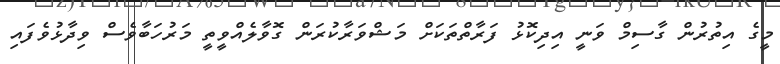
މީގެ އިތުރުން ގާސިމް ވަނީ އިދިކޮޅު ފަރާތްތަކަށް މަޝްވަރާކުރަން ގޮވާލެއްވީތީ މަރުހަބާވެސް ވިދާޅުވެފައި